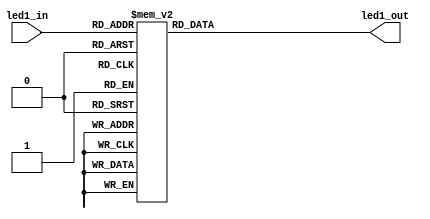
module led_dec (led1_in, led1_out);

	input [3:0] led1_in;
	output [6:0] led1_out;
	reg [6:0] led1_out;

	
always @(led1_in)
begin
	case (led1_in)
		4'b0000 : led1_out <= 7'b1000000;
		4'b0001 : led1_out <= 7'b1111001;
		4'b0010 : led1_out <= 7'b0100100;
		4'b0011 : led1_out <= 7'b0110000;
		4'b0100 : led1_out <= 7'b0011001;
		4'b0101 : led1_out <= 7'b0010010;
		4'b0110 : led1_out <= 7'b0000010;
		4'b0111 : led1_out <= 7'b1111000;
		4'b1000 : led1_out <= 7'b0000000;
		4'b1001 : led1_out <= 7'b0010000;
		default : led1_out <= 7'b0111111;
	endcase
end

endmodule